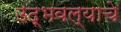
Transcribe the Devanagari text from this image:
उद्भवल्याचे